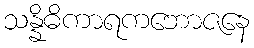
သန္နိဓိကာရကဘောဇနေ